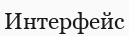
Интерфейс